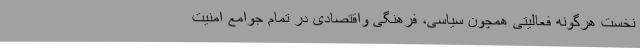
نخست هرگونه فعالیتی همچون سیاسی، فرهنگی واقتصادی در تمام جوامع امنیت